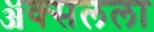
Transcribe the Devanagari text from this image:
ॲक्सलला